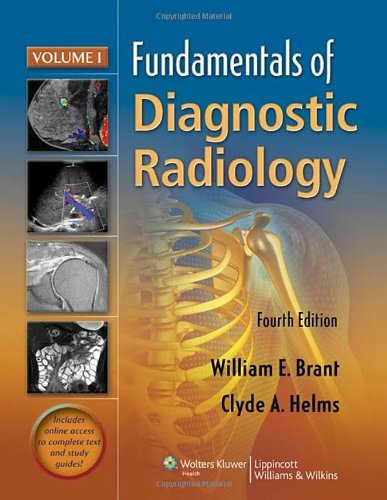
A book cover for Fundamentals of Diagnostic Radiology - 4 Volume Set (Brant, Fundamentals of Diagnostic Radiology); William E Brant MD; Medical Books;